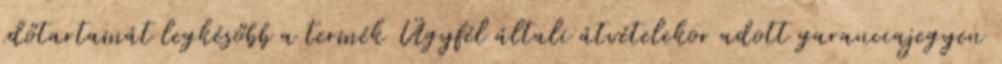
időtartamát legkésőbb a termék Ügyfél általi átvételekor adott garanciajegyen